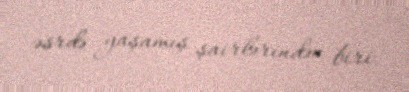
əsrdə yaşamış şairlərindən biri.